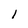
Character: 1